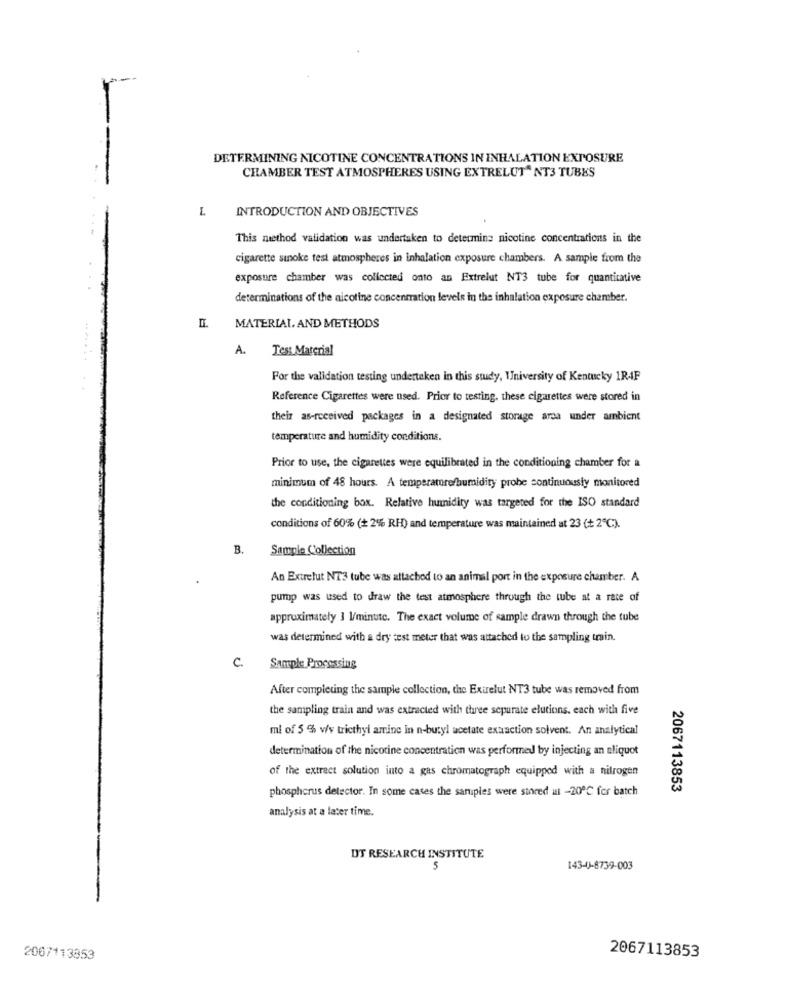
--
DETERMINING NICOTINE CONCENTRATIONS IN INHALATION EXPOSURE
CHAMBER TEST ATMOSPHERES USING EXTRELUT" NT3 TUBES
L
INTRODUCTION AND OBJECTIVES
This method validation was undertaken to determine nicotine concentrations in the
cigarette sinoke test atmospheres in inhalation exposure chambers. A sample from the
exposure chamber was collected onto an Extrelut NT3 tube for quantitative
determinations of the nicotine concentration levels in the inhalation exposure chamber.
MATERIAL, AND METHODS
A. Test Material
For the validation testing undertaken in this study, University of Kentucky 1RAF
Reference Cigarettes were used. Prior to testing, these cigarettes were stored in
their as-received packages in a designated storage area under ambient
temperature and humidity conditions.
Prior to use, the cigarettes were equilibrated in the conditioning chamber for a
minimum of 48 hours. A temperaturefhumidity probe continuously monitored
the conditioning box. Relative humidity was targeted for the ISO standard
conditions of 60% (+ 2% RH) and temperature was maintained at 23 (+ 2℃).
B.
Sample Collection
An Extrefut NT3 tube was attached to an animal port in the exposure chamber. A
pump was used to draw the test atmosphere through the tube at a rate of
approximately 3 l/minute. The exact volume of sample drawn through the tube
was determined with a dry test meter that was attached to the sampling train.
c.
Sample Processing
After completing the sample collection, the Extrelut NT3 tube was removed from
the sampling train and was extracted with three separate elutions. each with five
ml of 5 % v/v tricthyl amine in n-butyl acetate extraction solvent. An analytical
determination of the nicotine concentration was performed by injecting an aliquot
of the extract solution into a gas chromatograph equipped with a nitrogen
phosphorus detector. In some cases the sarupies were stored ul -20℃ for batch
2067113853
analysis at a later time.
DS RESEARCH INSTITUTE
5
143-4)-8739-003
2067113853
2067113853